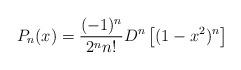
LaTeX: \begin{align*}P_n(x)=\dfrac{(-1)^n}{2^nn!}D^n\left[(1-x^2)^n\right]\end{align*}